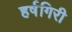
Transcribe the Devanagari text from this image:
हर्षगिरी